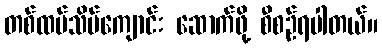
တစ်ထပ်သိမ်ကျောင်း ဆောက်ဖို့ စီစဉ်ရပါတယ်။